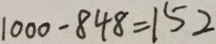
1 0 0 0 - 8 4 8 = 1 5 2